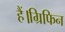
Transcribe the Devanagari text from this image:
हैं।ग्रिफिन